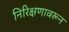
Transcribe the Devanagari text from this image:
निरिक्षणावरून